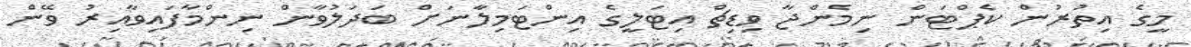
މީގެ އިތުރުން ކެޕްޓަން ނިމެންޖާ ވިޑިޗް އިޓަލީގެ އިންޓަމިލާނަށް ބަދަލުވާން ނިންމާފައިވާއިރު ވޭން